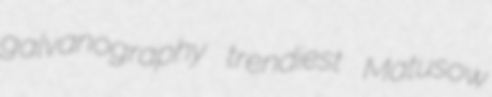
galvanography trendiest Matusow